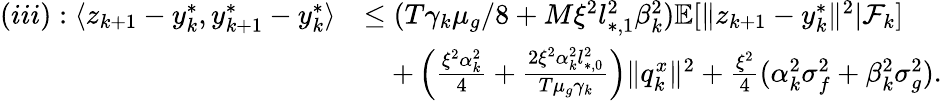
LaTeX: \begin{array}{rl}{(iii):\langle z_{k+1}-y_{k}^{*},y_{k+1}^{*}-y_{k}^{*}\rangle}&{\le(T\gamma_{k}\mu_{g}/8+M\xi^{2}l_{*,1}^{2}\beta_{k}^{2})\mathbb{E}[\| z_{k+1}-y_{k}^{*}\| ^{2}|\mathcal{F}_{k}]}\\ &{\quad+\left(\frac{\xi^{2}\alpha_{k}^{2}}{4}+\frac{2\xi^{2}\alpha_{k}^{2}l_{*,0}^{2}}{T\mu_{g}\gamma_{k}}\right)\| q_{k}^{x}\| ^{2}+\frac{\xi^{2}}{4}(\alpha_{k}^{2}\sigma_{f}^{2}+\beta_{k}^{2}\sigma_{g}^{2}).}\end{array}